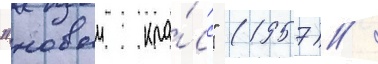
"новыи кла́сс" (1957) /